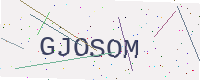
Text: GJOSOM